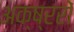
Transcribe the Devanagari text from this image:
अक्ष्ररों